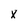
Character: x